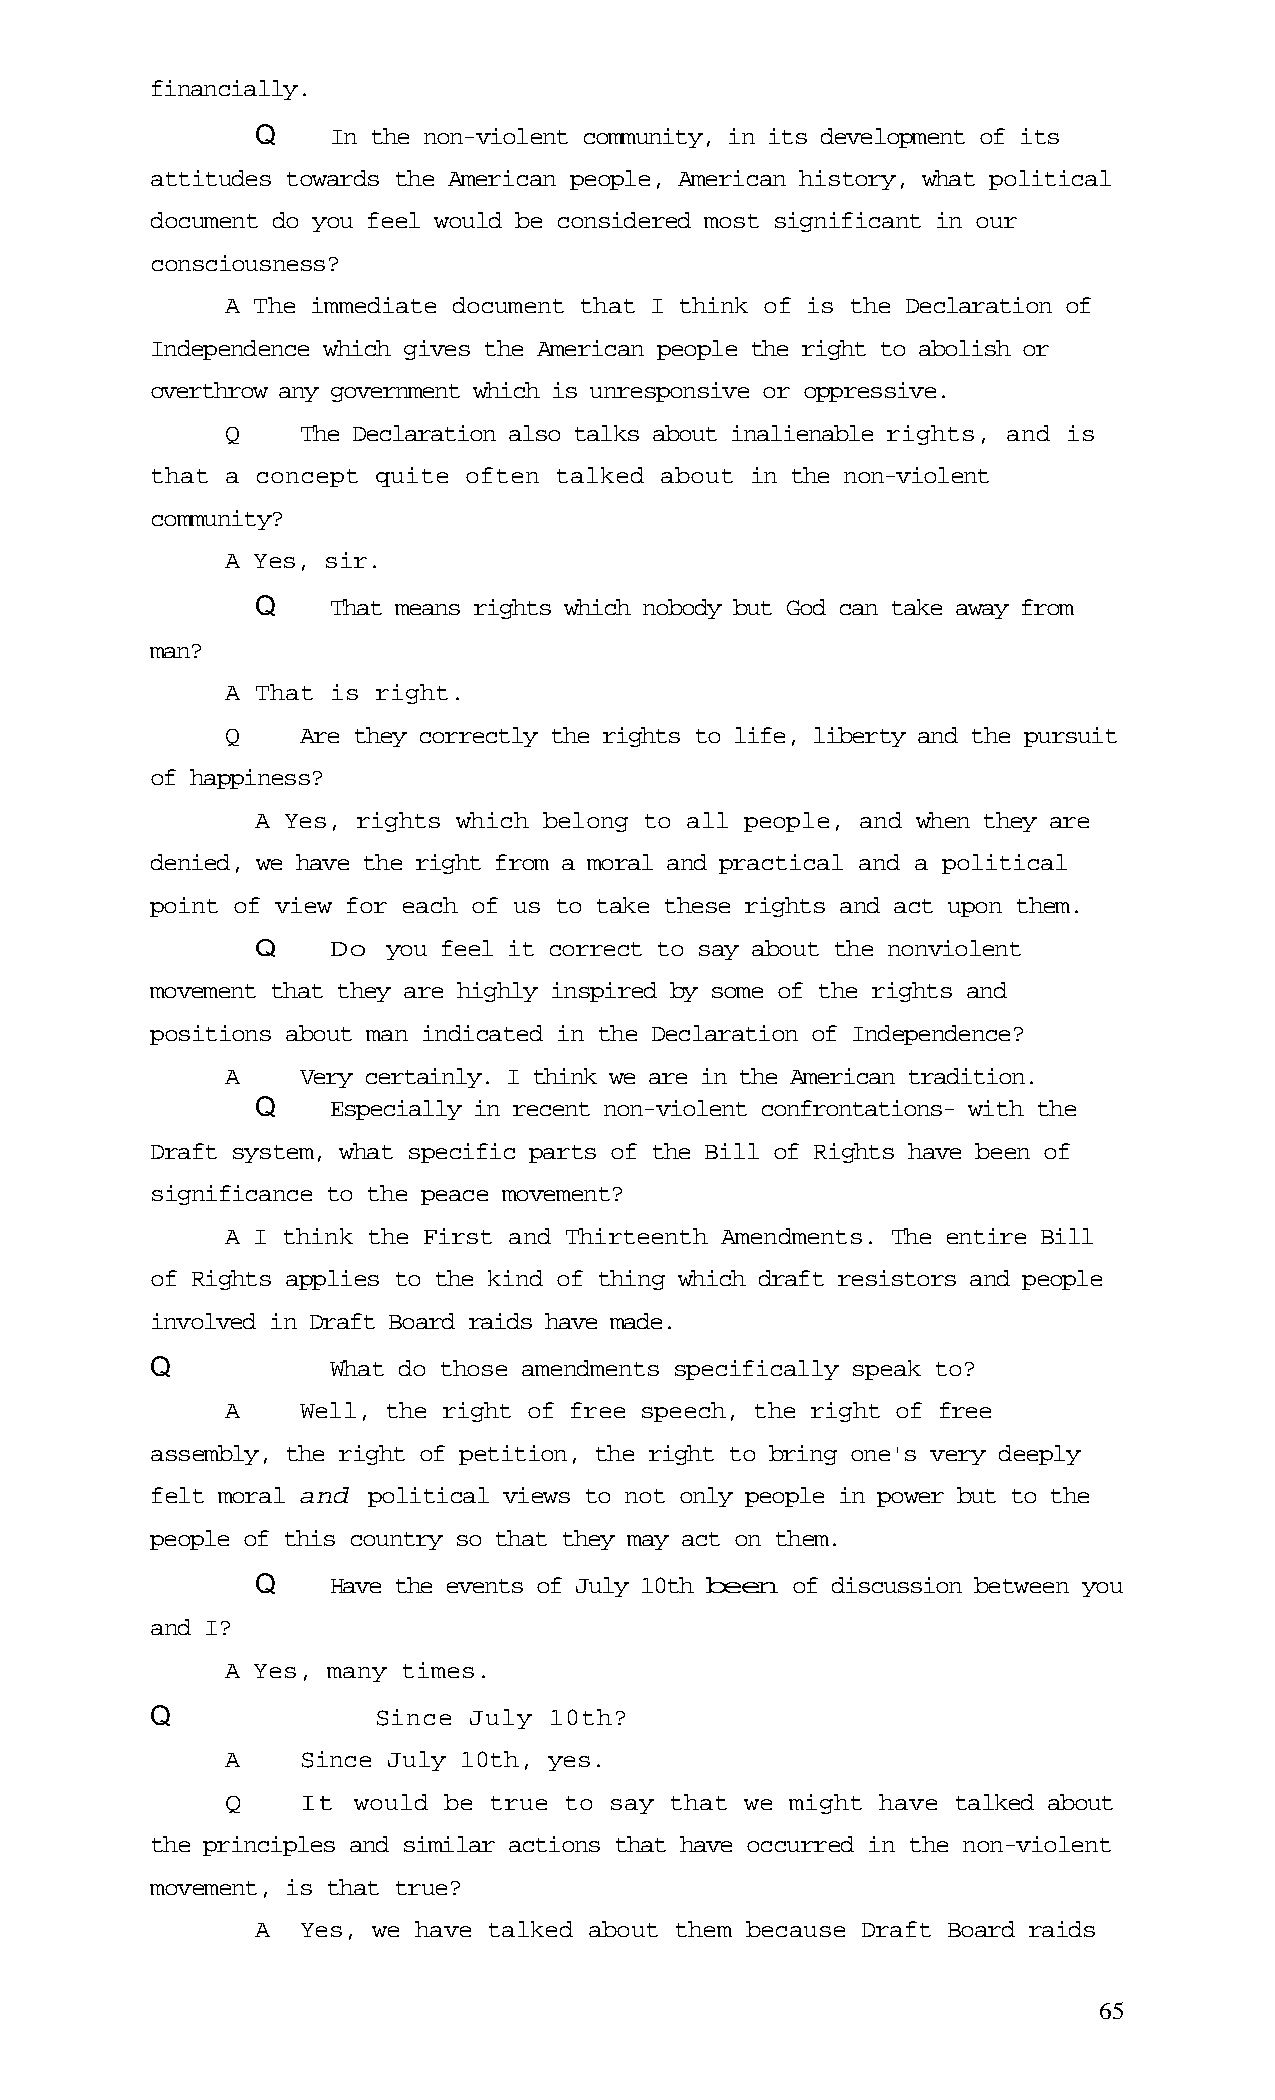
financially.
 Q    In the non-violent community, in its development of its
 attitudes towards the American people, American history, what political
 document do you feel would be considered most significant in our
 consciousness?
 A The immediate document that I think of is the Declaration of
 Independence which gives the American people the right to abolish or
 overthrow any government which is unresponsive or oppressive.
 Q    The Declaration also talks about inalienable rights, and is
 that a concept quite often talked about in the non-violent
 community?
 A Yes, sir.
 Q    That means rights which nobody but God can take away from
 man?
 A That is right.
 Q    Are they correctly the rights to life, liberty and the pursuit
 of happiness?
 A Yes, rights which belong to all people, and when they are
 denied, we have the right from a moral and practical and a political
 point of view for each of us to take these rights and act upon them.
 Q    Do  you feel it correct to say about the nonviolent
 movement that they are highly inspired by some of the rights and
 positions about man indicated in the Declaration of Independence?
 A    Very certainly. I think we are in the American tradition.
 Q    Especially in recent non-violent confrontations- with the
 Draft system, what specific parts of the Bill of Rights have been of
 significance to the peace movement?
 A I think the First and Thirteenth Amendments. The entire Bill
 of Rights applies to the kind of thing which draft resistors and people
 involved in Draft Board raids have made.
 Q           What do those amendments specifically speak to?
 A    Well, the right of free speech, the right of free
 assembly, the right of petition, the right to bring one's very deeply
 felt moral and political views to not only people in power but to the
 people of this country so that they may act on them.
 Q    Have the events of July 10th been of discussion between you
 and I?
 A Yes, many times.
 Q              Since July 10th?
 A    Since July 10th, yes.
 Q    It would be true to say that we might have talked about
 the principles and similar actions that have occurred in the non-violent
 movement, is that true?
 A  Yes, we have talked about them because Draft Board raids
 65